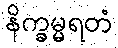
နိက္ခမ္မရတံ